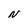
Character: N